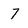
Character: 7